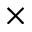
\times